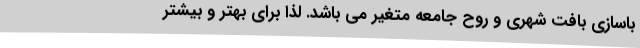
باسازی بافت شهری و روح جامعه متغیر می باشد. لذا برای بهتر و بیشتر